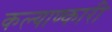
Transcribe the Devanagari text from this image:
कल्याण्कारी